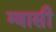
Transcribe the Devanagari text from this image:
ग्वासी